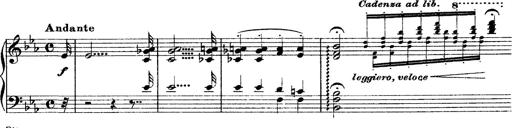
Title: Grandes Ã©tudes de Paganini
Composer: Franz Liszt